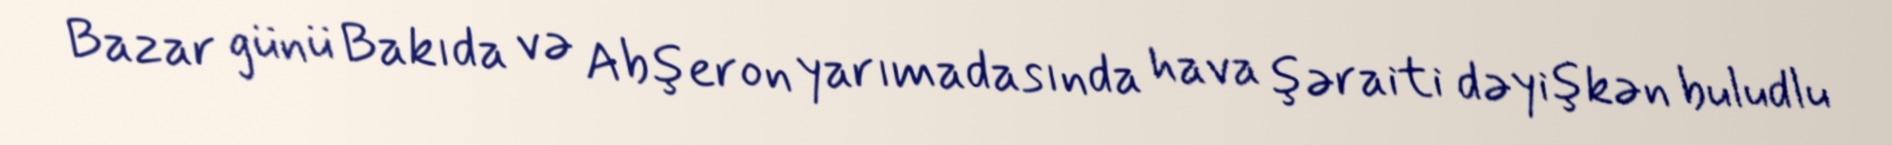
Bazar günü Bakıda və Abşeron yarımadasında hava şəraiti dəyişkən buludlu